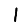
Digit: 1